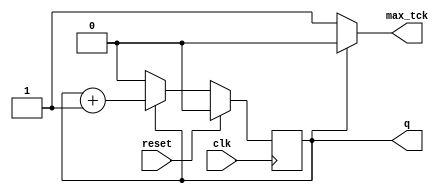
module counter
   #(
    parameter N=1, // counter width
              M=1 // modM
   )
   (
    input wire clk, reset,
    output wire max_tck,
    output wire [N-1:0] q
   );

 
   reg [N-1:0] x;
   wire [N-1:0] x_n;

   
   always @(posedge clk)
      if (reset)
         x <= 0;
      else
         x <= x_n;

  
   assign x_n = (x==(M-1)) ? 0 : x + 1;
   
   assign q = x;
   assign max_tck = (x==(M-1)) ? 1'b1 : 1'b0;

endmodule